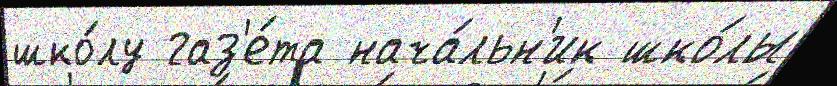
шко́лу газ'е́та нача́льн'ик шко́лы